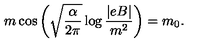
m \cos \left( \sqrt { \frac { \alpha } { 2 \pi } } \log \frac { | e B | } { m ^ { 2 } } \right) = m _ { 0 } .